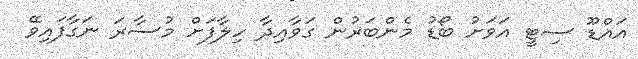
އައްޑޫ ސިޓީ އަވަށު ބޯޑު މެންބަރުން ގަވާއިދާ ހިލާފަށް މުސާރަ ނަގާފައިވޭ